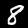
Digit: 8